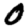
Digit: 0